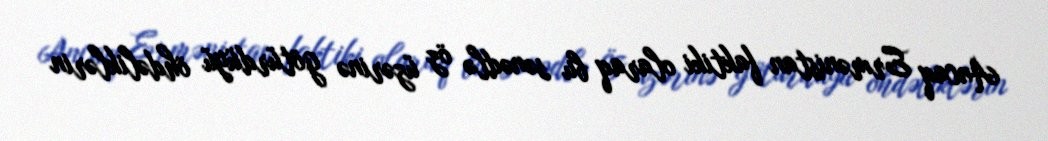
Ancaq Ermənistan faktiki olaraq bu sənədlə öz üzərinə götürdüyü öhdəliklərin